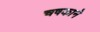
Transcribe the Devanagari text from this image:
चषकाने